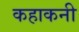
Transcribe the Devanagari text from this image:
कहाकनी